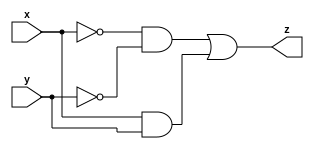
/***

Verilog consists of modules. Inside the modules we have a list of ports ( or pins). 
A port can be an input or an output depending upon its direction. 
A pin can also be defined as bidirectional using inout. 

 ***/

module comparator (
        input x,
        input y,
        output z
        );

assign z = (~x & ~y) | (x & y);

endmodule